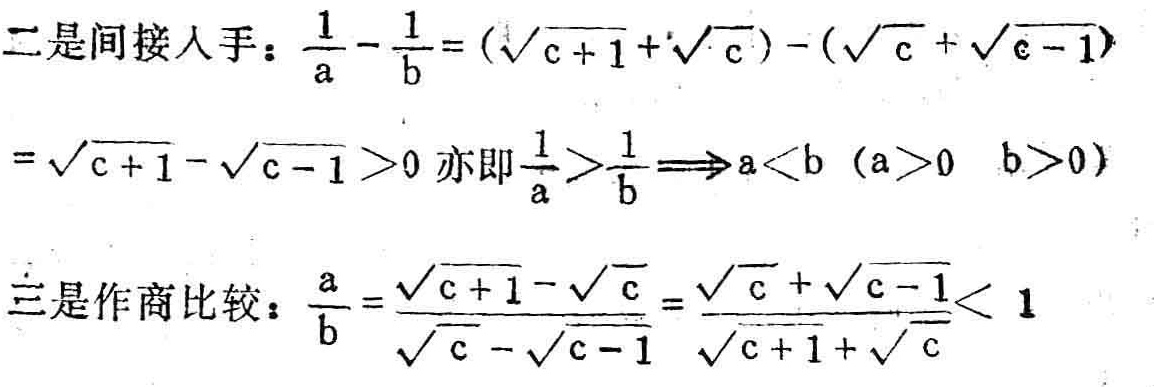
二是间接人手：$\frac{1}{a} - \frac{1}{b} = (\sqrt{c + 1} + \sqrt{c}) - (\sqrt{c} + \sqrt{c - 1})$
$= \sqrt{c + 1} - \sqrt{c - 1} > 0$ 亦即$\frac{1}{a} > \frac{1}{b} \Longrightarrow a < b \ (a > 0 \ \ b > 0)$
三是作商比较：$\frac{a}{b} = \frac{\sqrt{c + 1} - \sqrt{c}}{\sqrt{c} - \sqrt{c - 1}} = \frac{\sqrt{c} + \sqrt{c - 1}}{\sqrt{c + 1} + \sqrt{c}} < 1$